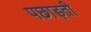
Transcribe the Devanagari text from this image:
पछाड़ती